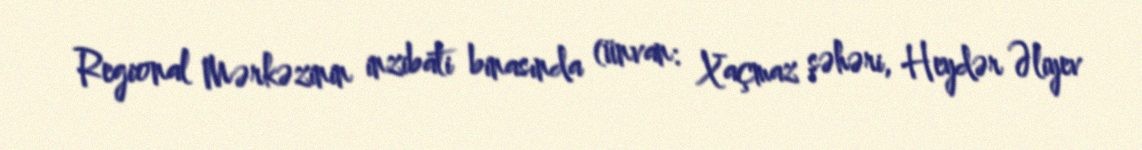
Regional Mərkəzinin inzibati binasında (ünvan: Xaçmaz şəhəri, Heydər Əliyev